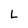
Character: L